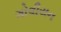
ગોવીયન